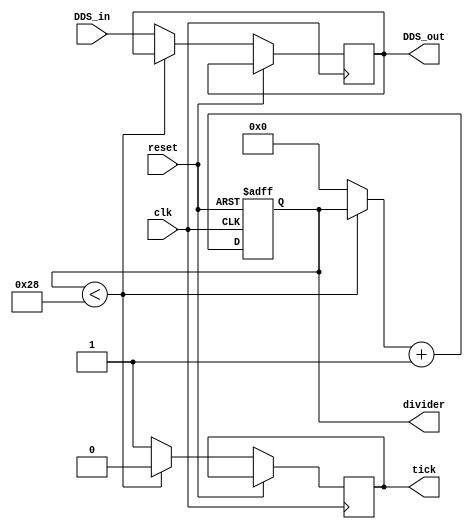
`timescale 1ns / 1ps
//////////////////////////////////////////////////////////////////////////////////
// Company: 
// Engineer: 
// 
// Design Name: 
// Module Name:    ZOH 
// Project Name: 
// Target Devices: 
// Tool versions: 
// Description: 
//
// Dependencies: 
//
// Revision: 
// Revision 0.01 - File Created
// Additional Comments: 
//
//////////////////////////////////////////////////////////////////////////////////
module ZOH(DDS_in, DDS_out, clk,  divider, reset, tick);
input clk; 
input reset; 
output reg tick = 0; 
output reg [5:0] divider = 0; 
input wire signed [15:0] DDS_in;

output reg signed [15:0] DDS_out;


always @ (posedge clk, posedge reset) begin
if (reset)
divider = 0;
else begin
if (divider < 40)
tick = 0;
else begin  
tick = 1;
DDS_out = DDS_in;
divider = 0;
end
divider = divider + 1;
end 
end

endmodule